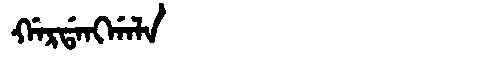
Manchu: ᡤᠠᡵᡩᠠᠩᡤᠠᠯᠠ
Romanization: GARDANGGALA